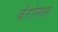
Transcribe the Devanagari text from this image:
वेरोनल